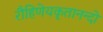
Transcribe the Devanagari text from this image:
रौहिणेयकृतानन्दो